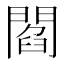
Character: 閻